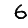
Digit: 6